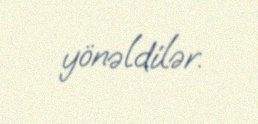
yönəldilər.